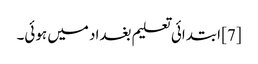
[7] ابتدائی تعلیم بغداد میں ہوئی۔